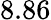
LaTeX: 8.86